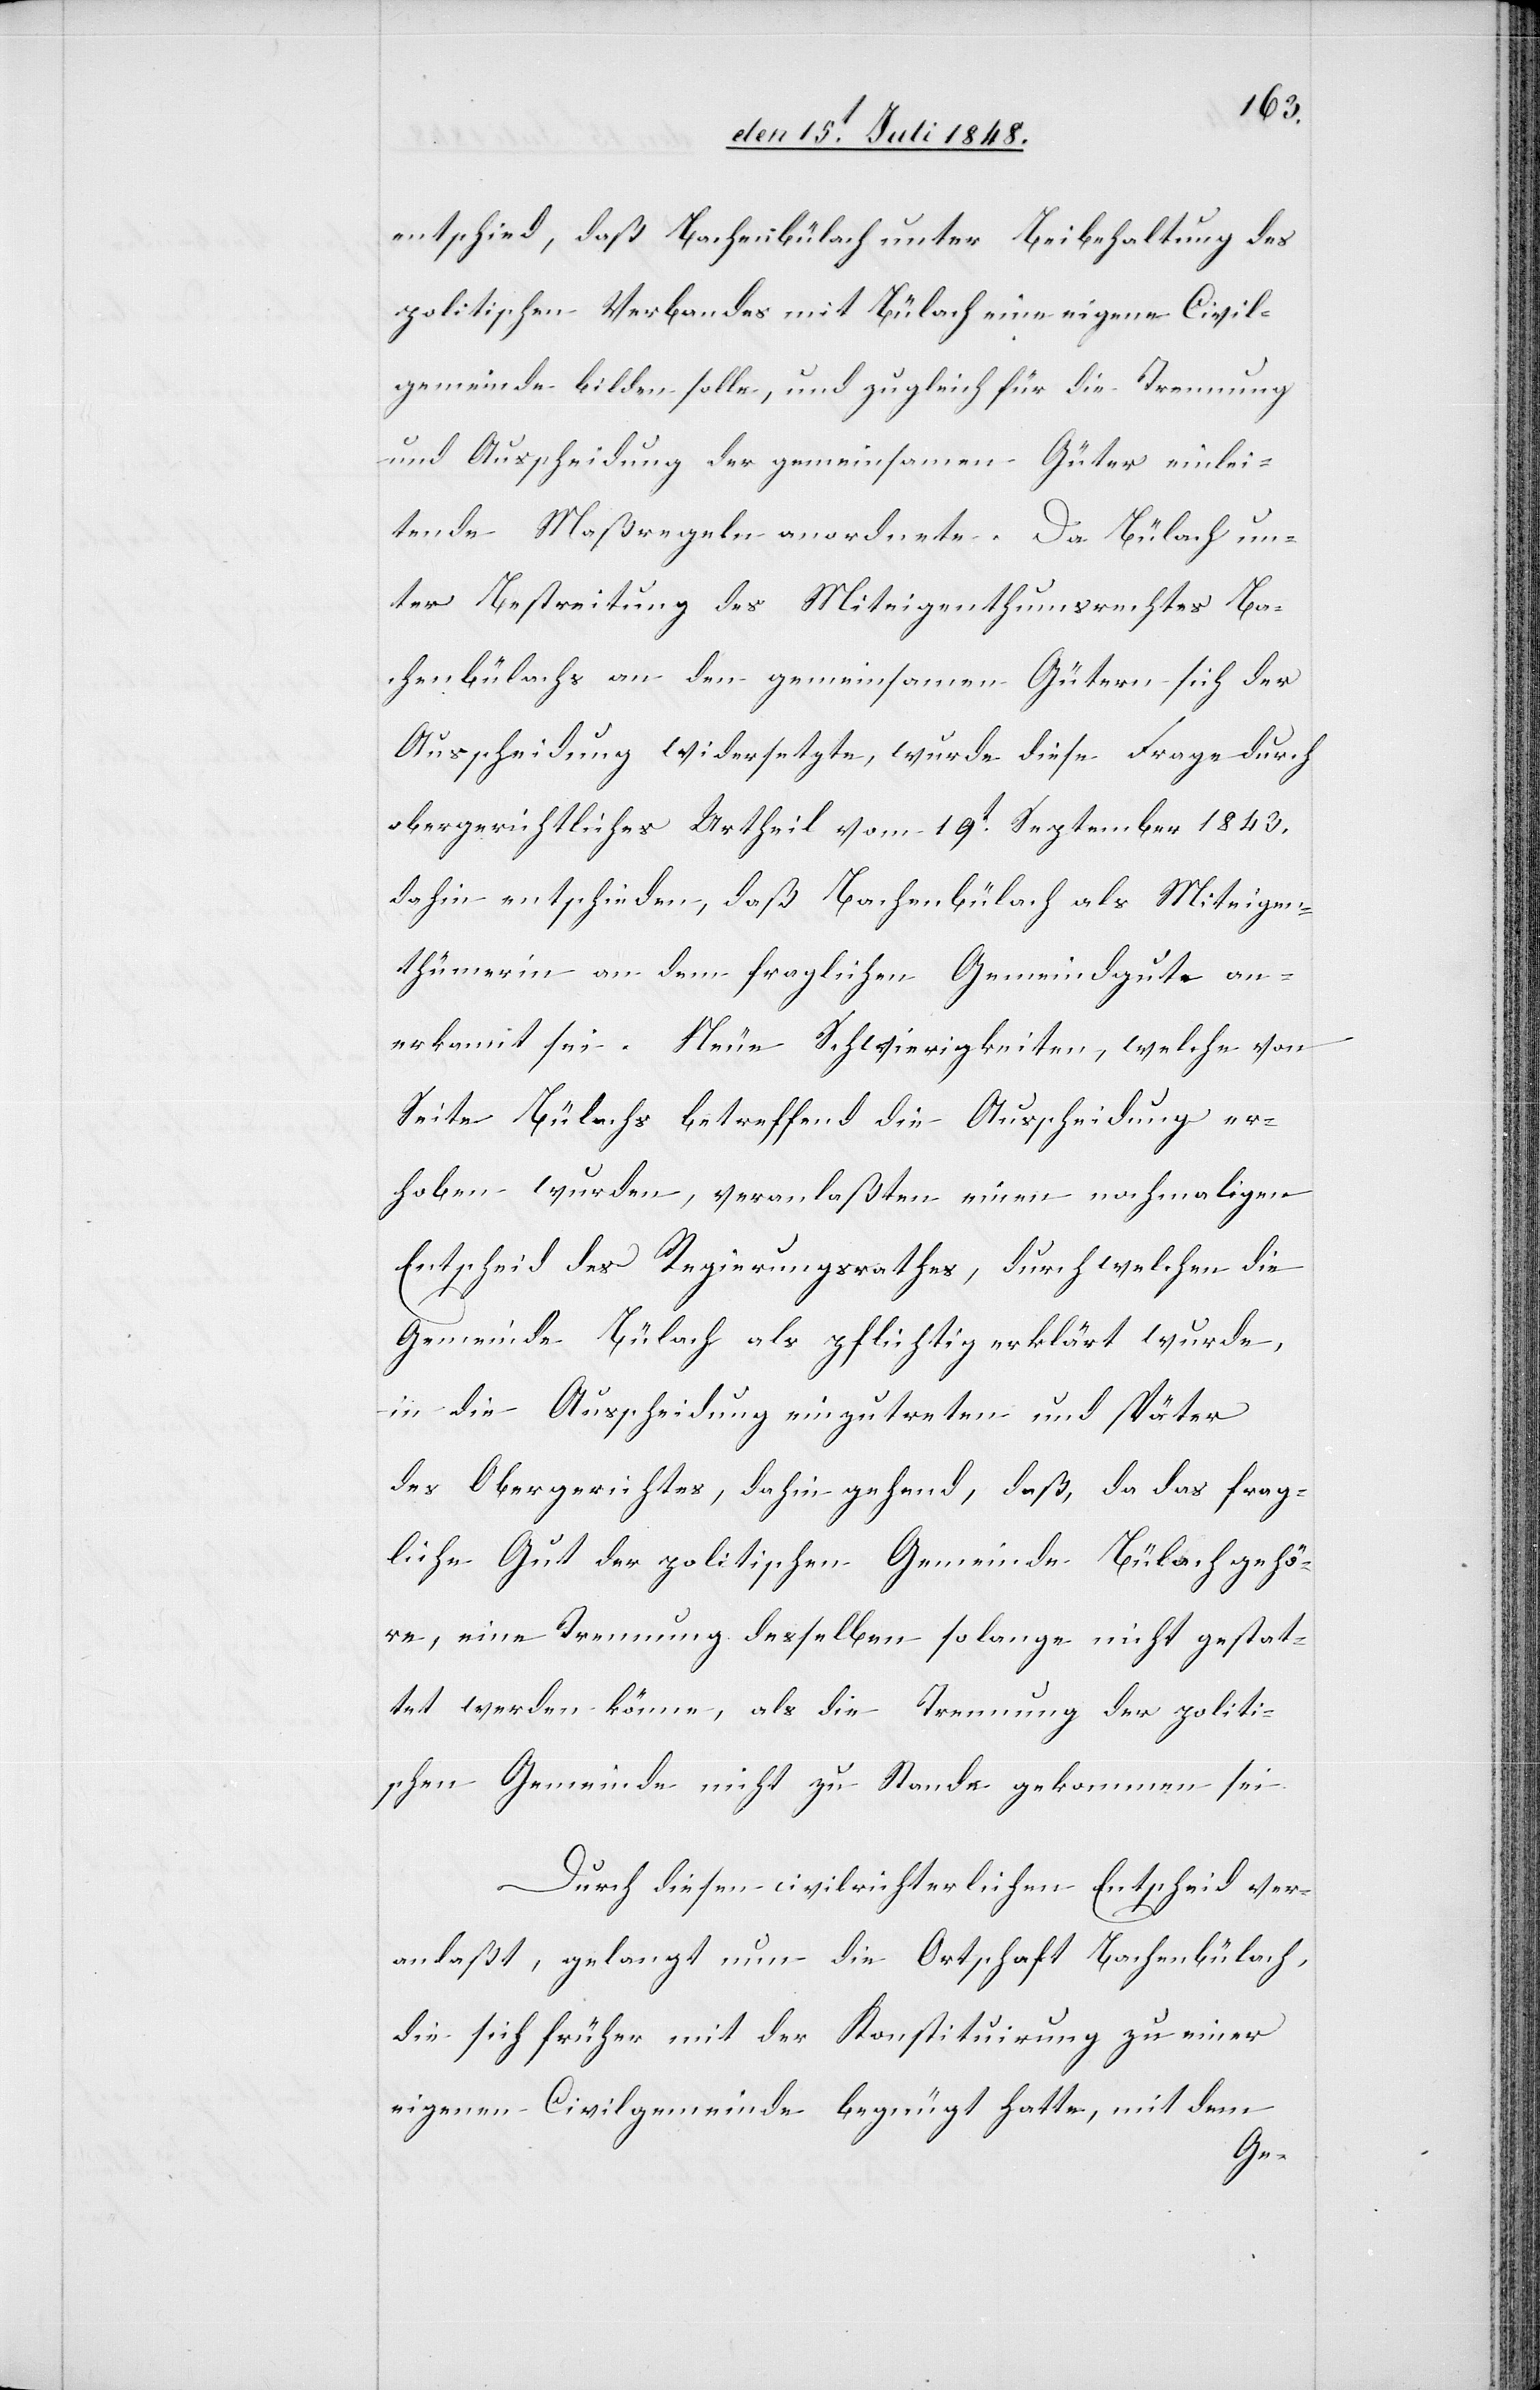
entschied, daß Bachenbülach unter Beibehaltung des
politischen Verbandes mit Bülach eine eigene Civil¬
gemeinde bilden solle, und zugleich für die Trennung
und Ausscheidung der gemeinsamen Güter einlei¬
tende Maßregeln anordnete. Da Bülach un¬
ter Bestreitung des Miteigenthumsrechts Ba¬
chenbülach an den gemeinsamen Gütern sich der
Ausscheidung widersetzte, wurde diese Frage durch
obergerichtliches Urtheil vom 19t September 1843.
dahin entschieden, daß Bachenbülach als Miteigen¬
thümerin an dem fraglichen Gemeindgute an¬
erkannt sei. Neue Schwierigkeiten, welche von
Seite Bülachs betreffend die Ausscheidung er¬
hoben wurden, veranlaßten einen nochmaligen
Entscheid des Regierungsrathes, durch welchen die
Gemeinde Bülach als pflichtig erklärt wurde,
in die Ausscheidung einzutreten und später
des Obergerichtes, dahin gehend, daß, da das frag¬
liche Gut der politischen Gemeinde Bülach gehö¬
re, eine Trennung desselben solange nicht gestat¬
tet werden könne, als die Trennung der politi¬
schen Gemeinde nicht zu Stande gekommen sei.
Durch diesen civilrichterlichen Entscheid ver¬
anlaßt, gelangt nun die Ortschaft Bachenbülach,
die sich früher mit der Konstituirung zu einer
eigenen Civilgemeinde begnügt hatte, mit dem